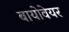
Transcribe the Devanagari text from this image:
बायोवेयर